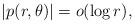
LaTeX: \begin{align*}|p(r,\theta)|=o(\log r),\end{align*}